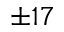
\pm 1 7